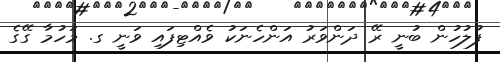
ފުލުހުން ބުނީ ރޭ ދަންވަރު އަންހެނަކު ވެއްޓިފައި ވަނީ ގ. މަހުމާ ގޭގެ